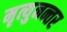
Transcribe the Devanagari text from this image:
मृत्युनन्तर